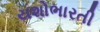
યશોભારતી